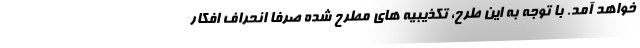
خواهد آمد. با توجه به این طرح، تکذیبیه های مطرح شده صرفا انحراف افکار